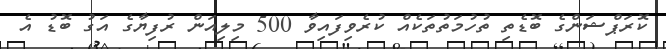
ކޮރަޕްޝަންގެ ބޮޑެތި ތުހުމަތުތަކެއް ކުރެވިފައިވާ 500 މިލިއަން ރުފިޔާގެ އަގު ބޮޑު އެ